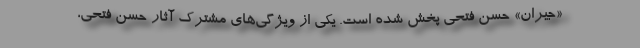
«جیران» حسن فتحی پخش شده است. یکی از ویژگی‌های مشترک آثار حسن فتحی،